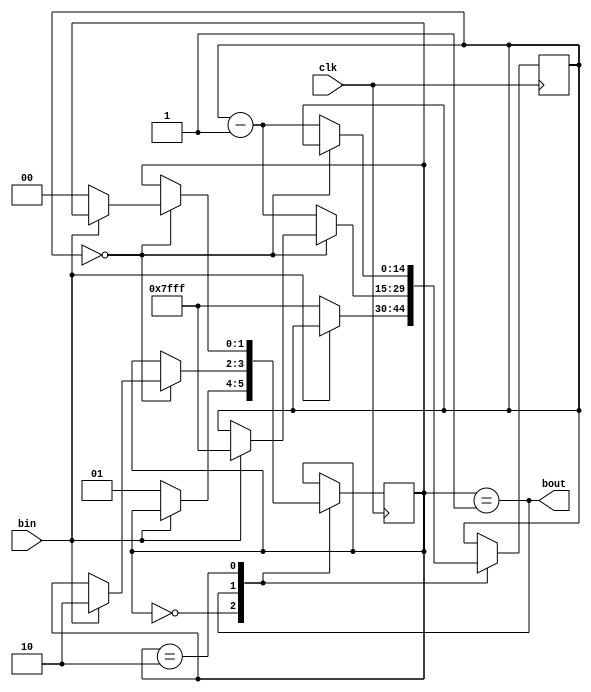
module debounce
(
	input clk,
	input bin,
	output bout
);

localparam Sreleased = 2'b00, Sdeb0 = 2'b01, Sdeb1 = 2'b10;

reg [14:0] debounceCnt = 0;
reg [1:0] buttonState = Sreleased;

assign bout = (buttonState==Sdeb0);

always @(posedge clk)
	case (buttonState)
		Sreleased : begin
				if(bin==0) begin
					buttonState <= Sdeb0;
					debounceCnt = 15'b111111111111111;
				end
			end
		Sdeb0: begin
				if(debounceCnt==0) begin
					if (bin==1) begin
						buttonState <= Sdeb1;
						debounceCnt = 15'b111111111111111;
					end
				end
				else
				begin
					debounceCnt <= debounceCnt - 1;
				end
			end
		Sdeb1: begin
				if(debounceCnt==0) begin
					if (bin==0) begin
						buttonState <= Sreleased;
					end
				end
				else
				begin
					debounceCnt <= debounceCnt - 1;
				end
			end		
	endcase

endmodule